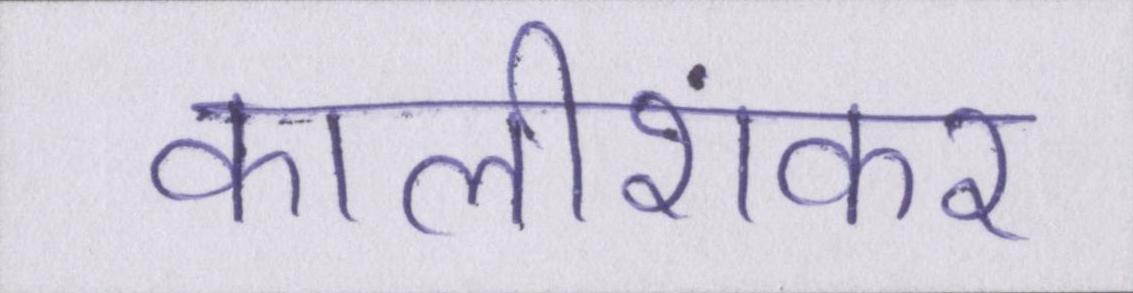
कालीशंकर